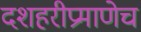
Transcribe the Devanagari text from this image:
दशहरीप्रमाणेच